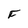
Character: F